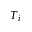
T _ { i }